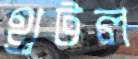
থ্রটল